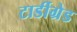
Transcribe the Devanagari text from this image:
टार्डीग्रेड